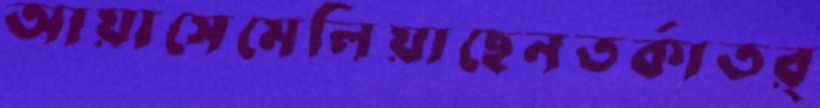
আয়াসেমেলিয়াছেনতর্কাতর্